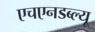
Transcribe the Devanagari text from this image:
एचएनडब्ल्यू